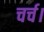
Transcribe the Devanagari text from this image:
चर्च।